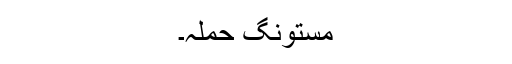
مستونگ حملہ۔